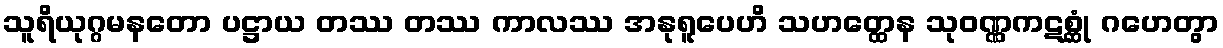
သူရိယုဂ္ဂမနတော ပဋ္ဌာယ တဿ တဿ ကာလဿ အနုရူပေဟိ သဟတ္ထေန သုဝဏ္ဏကဋစ္ဆုံ ဂဟေတွာ